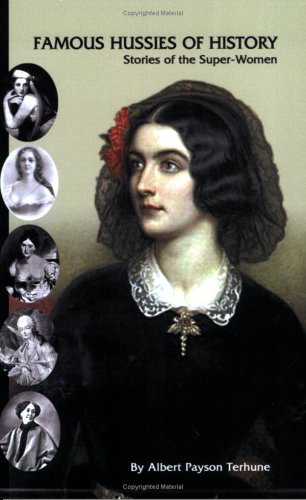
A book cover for Famous Hussies of History: Stories of the Super-Women; Albert Payson Terhune; Politics & Social Sciences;